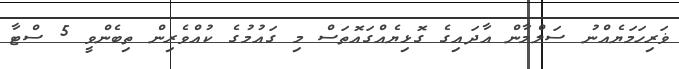
ޥަރިހަމަޔެއްނު ސަލްމާން އާދައިގެ ގޮޅިިޔެއްގައޮތަސް މި ގައުމުގެ ކުއްވެރިން ތިބެންވީ 5 ސްޓާ